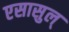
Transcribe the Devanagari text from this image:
एसासुल्